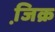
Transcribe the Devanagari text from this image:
जि़क्र